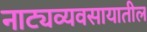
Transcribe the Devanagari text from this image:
नाट्यव्यवसायातील